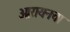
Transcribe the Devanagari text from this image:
ओरायनचा